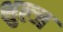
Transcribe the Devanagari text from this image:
शुल्ज